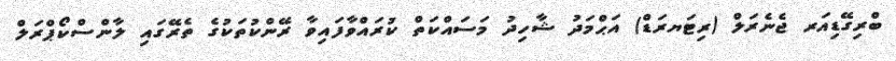
ބްރިގޭޑިއަރ ޖެނެރަލް (ރިޓަޔރަޑް) އަޙްމަދު ޝާހިދު މަސައްކަތް ކުރައްވާފައިވާ ރޭންކުތަކުގެ ތެރޭގައި ލާންސްކޯޕްރަލް